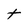
Character: t